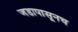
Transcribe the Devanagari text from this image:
जडापासूनच